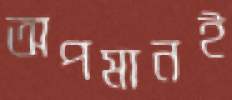
অপমানই